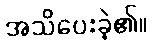
အသိပေးခဲ့၏။